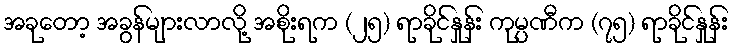
အခုတော့ အခွန်များလာလို့ အစိုးရက (၂၅) ရာခိုင်နှုန်း ကုမ္ပဏီက (၇၅) ရာခိုင်နှုန်း